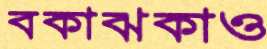
বকাঝকাও